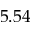
5 . 5 4